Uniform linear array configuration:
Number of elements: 12
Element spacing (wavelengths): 0.75
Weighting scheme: uniform
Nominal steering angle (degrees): -60
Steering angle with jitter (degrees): -61.116
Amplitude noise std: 0.05
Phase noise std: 0.05

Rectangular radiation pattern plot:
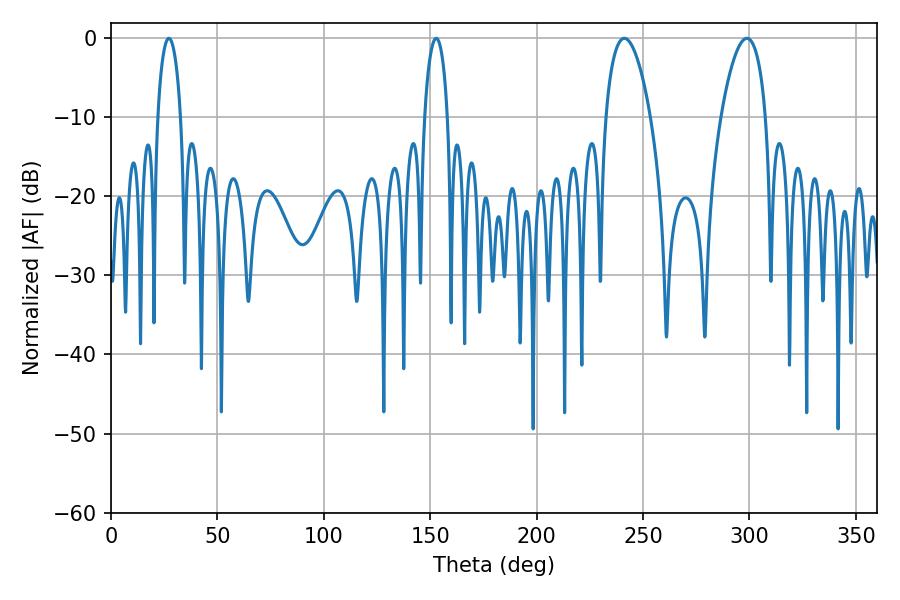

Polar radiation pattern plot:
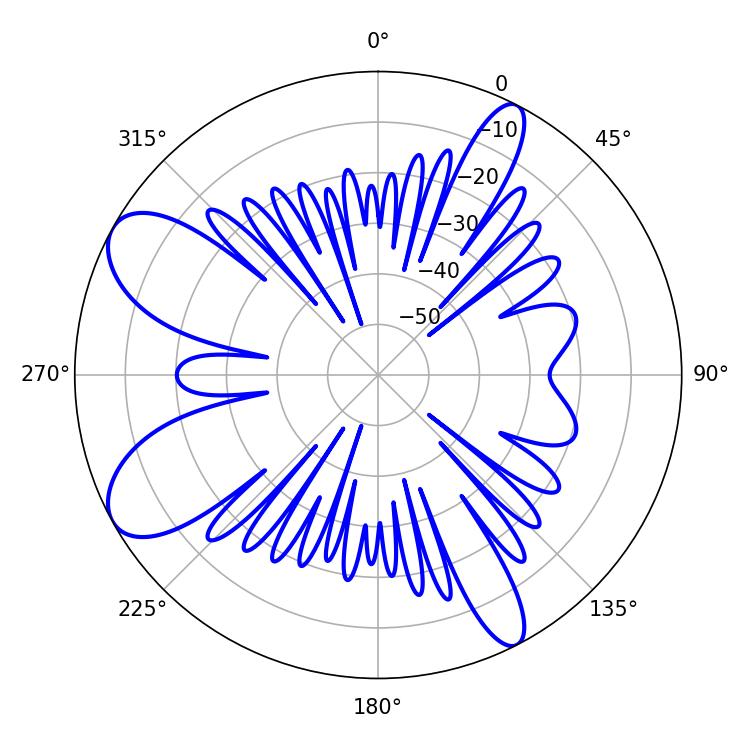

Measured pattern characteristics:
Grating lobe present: TRUE
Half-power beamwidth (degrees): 11.7
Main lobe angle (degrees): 241.2